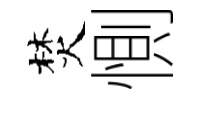
焚惻